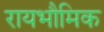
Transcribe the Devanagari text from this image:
रायभौमिक